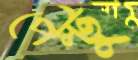
পেল্টু